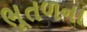
ભૂતળના